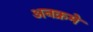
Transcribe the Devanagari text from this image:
अनक्रमे